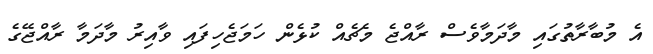
އެ މުބާރާތުގައި މާދަމާވެސް ރާއްޖެ މެޗެއް ކުޅެން ހަމަޖެހިފައި ވާއިރު މާދަމާ ރާއްޖޭގެ